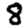
Digit: 8